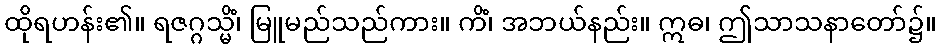
ထိုရဟန်း၏။ ရဇဂ္ဂသ္မိံ၊ မြူမည်သည်ကား။ ကိံ၊ အဘယ်နည်း။ ဣဓ၊ ဤသာသနာတော်၌။